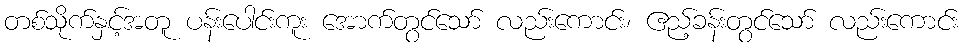
တစ်သိုက်နှင့်အတူ ပန်းပေါင်းကူး အောက်တွင်သော် လည်းကောင်း၊ ဧည့်ခန်းတွင်သော် လည်းကောင်း